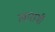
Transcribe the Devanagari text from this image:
लारामी